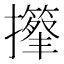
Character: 𢸽